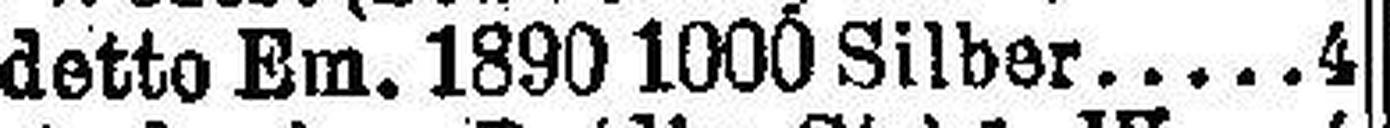
detto Em. 1890 1000 Silber 4